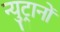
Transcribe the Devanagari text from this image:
न्युट्रानों